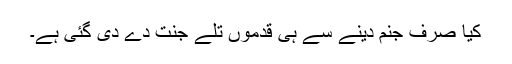
کیا صرف جنم دینے سے ہی قدموں تلے جنت دے دی گئی ہے۔